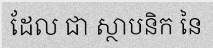
ដែល ជា ស្ថាបនិក នៃ